Report on the bubonic plague in Bombay, 1896-1897
Year: 1896
Disease focus: Plague
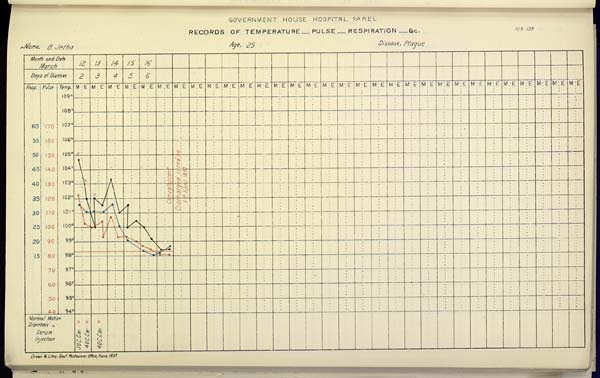
GOVERNMENT HOUSE HOSPITAL PAREL
RECORDS OF TEMPERATURE __ PULSE __ RESPIRATION __ &c. No. 133
Name,
B.
Jetha
Age,
25
Disease,
Plague
Drawn & Litho: Govt. Photozinco: Office, Poona 1897.